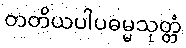
တတိယပါပဓမ္မသုတ္တံ